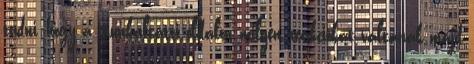
tudni, hogy a munkáltatói oldalon milyen reakciókat váltanak majd